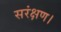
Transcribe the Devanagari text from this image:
सरंक्षण।